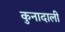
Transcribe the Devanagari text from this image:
कुनादाली